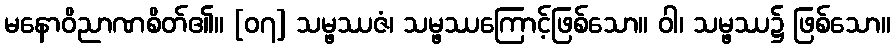
မနောဝိညာဏစိတ်၏။ [၀၇] သမ္ဖဿဇံ၊ သမ္ဖဿကြောင့်ဖြစ်သော။ ဝါ၊ သမ္ဖဿ၌ ဖြစ်သော။